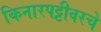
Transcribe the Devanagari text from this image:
किनारपट्टीवरचे